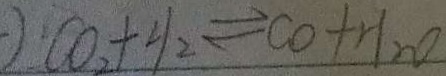
\cdot ) C O _ { 2 } + H _ { 2 } \rightleftharpoons C O + H _ { 2 } O